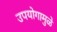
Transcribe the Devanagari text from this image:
उपयोगामुळे